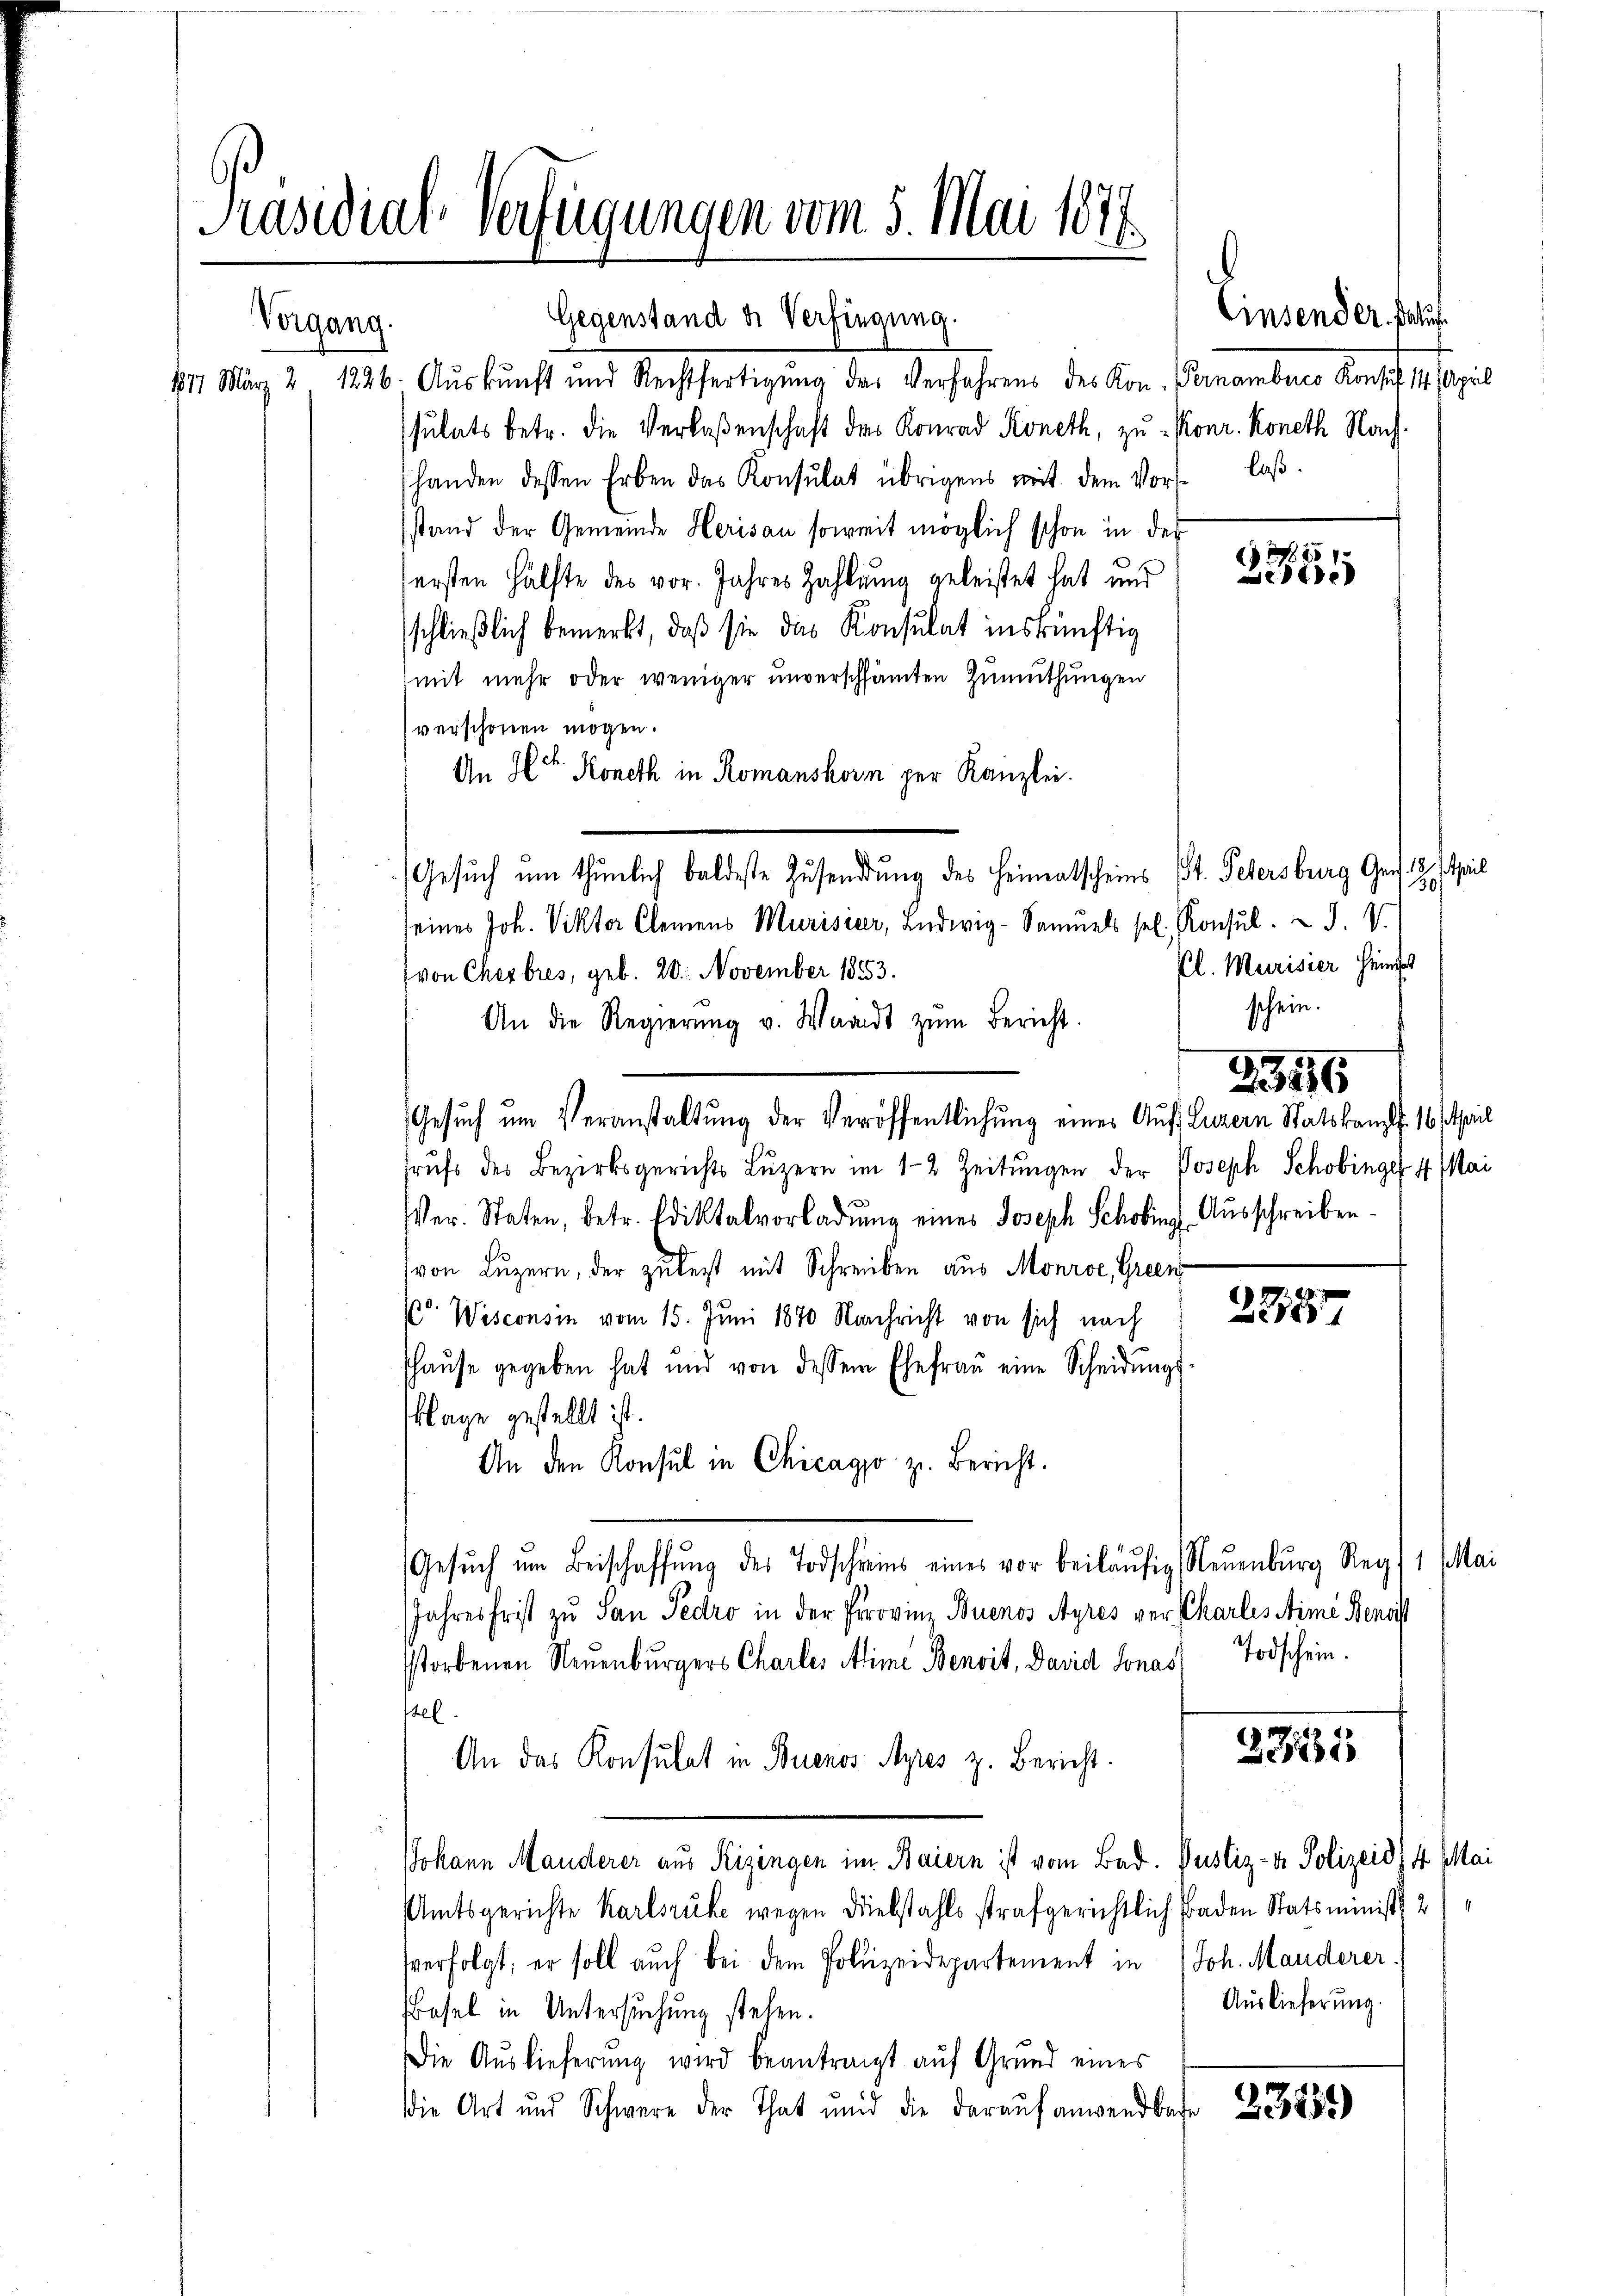
Präsidial-Verfügungen vom 5. Mai 1877.

Vorgang.

Gegenstand der Verfügung.
1877 März 2, 1226. Auskunft und Rechtfertigŭng das Verfahrens des Kon. Pernambeco Konsul 14. April
ssulats betr. die Verlaßenschaft des Konrad Koneth, zu Konr. Koneth Nachshanden dessen Erben das Konsulat übrigens mit dem Vor- laβ.
stand der Gemeinde Herisau soweit möglich schon in der
sersten Hälfte des vor. Jahres Zahlung geleistet hat und
schließlich bemerkt, daß sie das Konsulat inskünftig
(mit mehr oder weniger unverschämten Zumuthungen
verschönen mögen.
An Hr. Koneth in Romanshorn per Kanzlei.
) Gesuch um thunlich baldeste Zusendung des Heimatscheins St. Petersburg Ger. 2. April
seines Joh. Viktor Clemens Murisieer, Ludwig-Samuels sel. Konsŭl. J. V.
(von Cherbres, geb. 20. November 1853.
An die Regierŭng v. Waadt zŭm Bericht.
frŭfs des Bezirksgerichts Lŭzern im 1-2 Zeitŭngen der Joseph Schobinge 4. Mai
Ver. Staten, betr. Ediktalvorladung eines Joseph Schobins Ausschreiben¬
(von Luzern, der zulest mit Schreiben aus Monroe, Green
2787
kr. Wisconsin vom 15. Juni 1870 Nachricht von sich nach
shaŭse gegeben hat und von dessem Ehefraŭ eine Scheidŭngs
klage gestellt ist.
An den Konsul in Chicago z. Bericht.
Gesŭch ŭm Beischaffŭng des Todschreins eines vor beiläŭfig Neuenburg Reg. 1. Mai
Jahresfrist zu San Pedro in der Provinz Buenos Ayres ver Charlis Stime Benoit
sstorbenen Neuenburgers Charles Mime Benoit, David Jonas Todschein.
sel.
3381
An das Konsulat in Buenos Ayres z. Bericht.
Johann Manderer aus Rizingen im Baiern ist vom Bad. Pustiz- & Polizeid) 4 M
Amtsgerichte Karlsruhe wegen Diebstahls strafgerichtlich Baden Statsminist 21
sverfolgt; er soll auch bei dem Pollizeidepartement in Joh. Manderer
Auslieferung.
Basel in Untersuchung stehen.
Die Auslieferŭng wird beantragt auf Grund eines
die Art und Schwere der That und die darauf anwendbare 233852)

Gesŭch ŭm Veranstaltung der Veröffentlichŭng eines Auf Luzern Statskampf. 16 theil

Einsender Kauf

x
t

Cl. Murisier Heindes
schein.

23116

lai